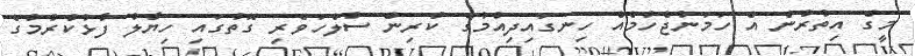
މީގެ އިތުރުން އެ ހަމަނުޖެހުމެއް ހިނގައިދިއުމުގެ ކުރިން ސުލްހަވެރި ގޮތުގައި ހިޔާލު ފާޅުކުރުމުގެ